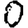
Digit: 0